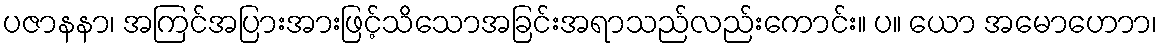
ပဇာနနာ၊ အကြင်အပြားအားဖြင့်သိသောအခြင်းအရာသည်လည်းကောင်း။ ပ။ ယော အမောဟောာ၊